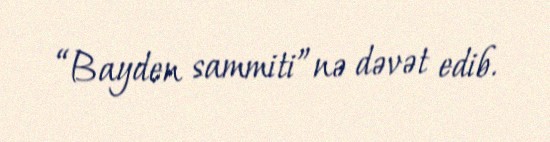
“Bayden sammiti”nə dəvət edib.